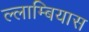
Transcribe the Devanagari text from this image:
ल्लाम्बियास